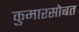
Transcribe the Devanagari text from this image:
कुमारसोबत